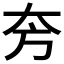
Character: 𱘮